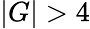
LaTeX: |G|>4